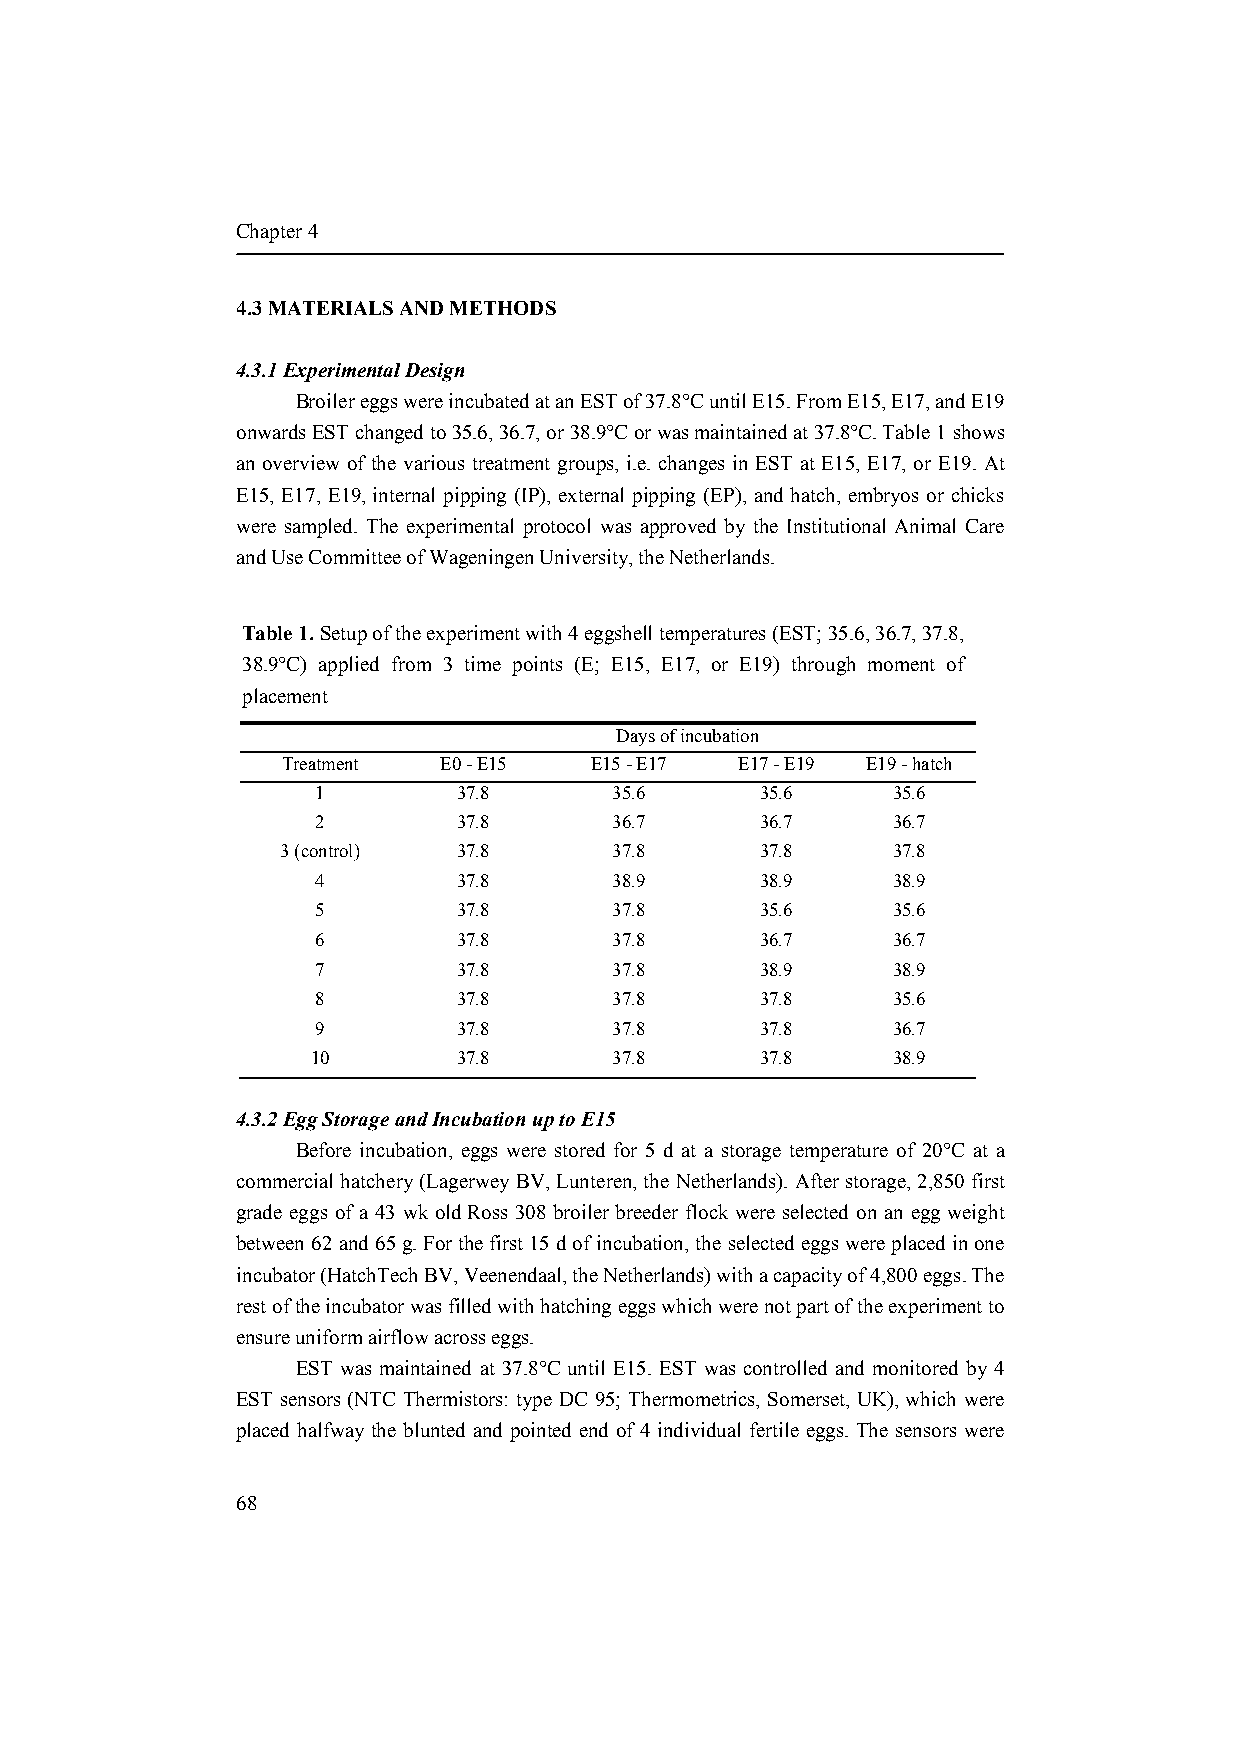
Chapter 4
 4.3 MATERIALS AND METHODS
 4.3.1 Experimental Design
 Broiler eggs were incubated at an EST of 37.8°C until E15. From E15, E17, and E19
 onwards EST changed to 35.6, 36.7, or 38.9°C or was maintained at 37.8°C. Table 1 shows
 an overview of the various treatment groups, i.e. changes in EST at E15, E17, or E19. At
 E15, E17, E19, internal pipping (IP), external pipping (EP), and hatch, embryos or chicks
 were sampled. The experimental protocol was approved by the Institutional Animal Care
 and Use Committee of Wageningen University, the Netherlands.
 Table 1. Setup of the experiment with 4 eggshell temperatures (EST; 35.6, 36.7, 37.8,
 38.9°C) applied from 3 time points (E; E15, E17, or E19) through moment of
 placement
 Days of incubation
 Treatment E0 - E15  E15 - E17 E17 - E19 E19 - hatch
 1        37.8       35.6     35.6     35.6
 2        37.8       36.7     36.7     36.7
 3 (control) 37.8      37.8     37.8     37.8
 4        37.8       38.9     38.9     38.9
 5        37.8       37.8     35.6     35.6
 6        37.8       37.8     36.7     36.7
 7        37.8       37.8     38.9     38.9
 8        37.8       37.8     37.8     35.6
 9        37.8       37.8     37.8     36.7
 10       37.8       37.8     37.8     38.9
 4.3.2 Egg Storage and Incubation up to E15
 Before incubation, eggs were stored for 5 d at a storage temperature of 20°C at a
 commercial hatchery (Lagerwey BV, Lunteren, the Netherlands). After storage, 2,850 first
 grade eggs of a 43 wk old Ross 308 broiler breeder flock were selected on an egg weight
 between 62 and 65 g. For the first 15 d of incubation, the selected eggs were placed in one
 incubator (HatchTech BV, Veenendaal, the Netherlands) with a capacity of 4,800 eggs. The
 rest of the incubator was filled with hatching eggs which were not part of the experiment to
 ensure uniform airflow across eggs.
 EST was maintained at 37.8°C until E15. EST was controlled and monitored by 4
 EST sensors (NTC Thermistors: type DC 95; Thermometrics, Somerset, UK), which were
 placed halfway the blunted and pointed end of 4 individual fertile eggs. The sensors were
 68